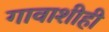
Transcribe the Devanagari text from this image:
गावाशीही